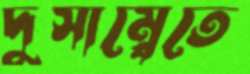
দুসাম্বেতে